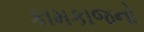
કામકાજનો